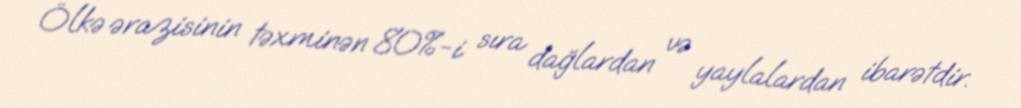
Ölkə ərazisinin təxminən 80%-i sıra dağlardan və yaylalardan ibarətdir.